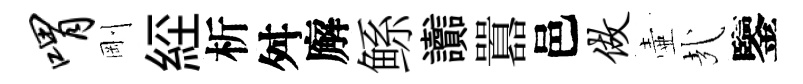
喟剛𦀇析舛廨鲧讟囂邑做壷㢤鑒